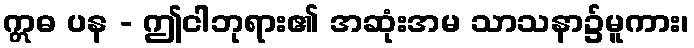
ဣဓ ပန - ဤငါဘုရား၏ အဆုံးအမ သာသနာ၌မူကား၊